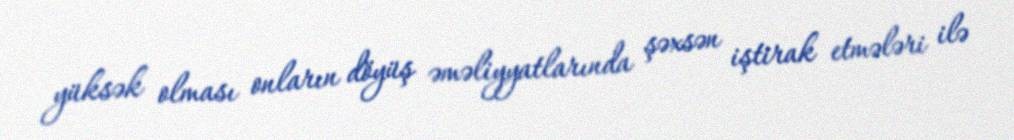
yüksək olması onların döyüş əməliyyatlarında şəxsən iştirak etmələri ilə